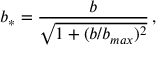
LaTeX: b _ { * } = { \frac b { \sqrt { 1 + ( b / b _ { m a x } ) ^ { 2 } } } } \, ,